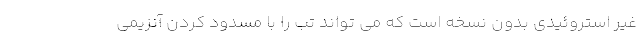
غیر استروئیدی بدون نسخه است که می تواند تب را با مسدود کردن آنزیمی